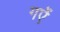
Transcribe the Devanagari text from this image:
गऐं